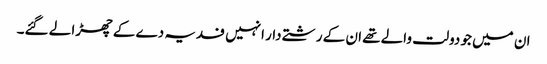
ان میں جو دولت والے تھے ان کے رشتے دار انہیں فدیہ دے کے چھڑا لے گئے۔